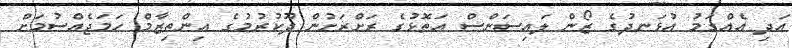
އަދި އެއްގަމު އުޅަނދުގެ ޒޯން ލައިސަންސް އަތޮޅުގެ ރަށްރަށުން ދޫކުރުމުގެ އިންތިޒާމް ހަމަޖެއްސުމަށް